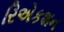
રિએકશન